Lunatic asylums United Provinces 1909-1921 - 1909-1921
Year: 1909
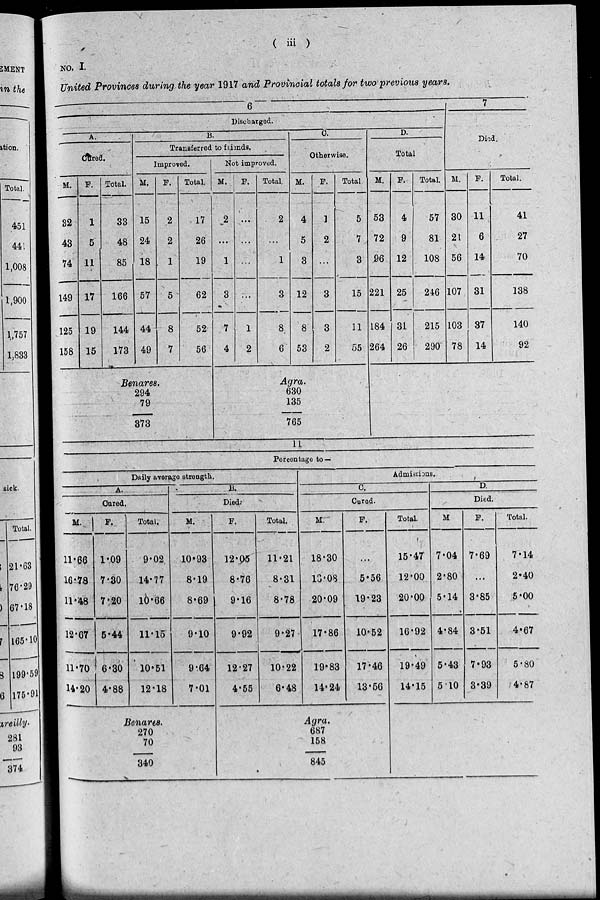
( iii )
NO. I.
United Provinces during the year 1917 and Provincial totals for two previous years.
6
Discharged.
A.
Cured.
M.
32
43
74
149
125
158
F.
1
5
11
17
19
15
Total.
33
48
85
166
144
173
B.
Transferred to friends.
Improved.
M.
15
24
18
57
44
49
F.
2
2
1
5
8
7
Total.
17
26
19
62
52
56
Benares.
294
79
373
Not improved.
M.
2
...
1
3
7
4
F.
...
...
...
...
1
2
Total.
2
...
1
3
8
6
C.
Otherwise.
M.
4
5
3
12
8
53
F.
1
2
...
3
3
2
Total
5
7
3
15
11
55
Agra.
630
135
765
D.
Total.
M.
53
72
96
221
184
264
F.
4
9
12
25
31
26
Total.
57
81
108
246
215
290
7
Died.
M.
30
21
56
107
103
78
F.
11
6
14
31
37
14
Total.
41
27
70
138
140
92
11
Percentage to —
Daily average strength.
A.
Cured.
M.
11.66
16.78
11.48
12.67
11.70
14.20
F.
1.09
7.30
7.20
5.44
6.30
4.88
Total.
9.02
14.77
10.66
11.15
10.51
12.18
B.
Died.
M.
10.93
8.19
8.69
9.10
9.64
7.01
Benares.
270
70
340
F.
12.05
8.76
9.16
9.92
12.27
4.55
Total.
11.21
8.31
8.78
9.27
10.22
6.48
Admissions.
C.
Cured.
M.
18.30
13.08
20.09
17.86
19.83
14.24
F.
...
5.56
19.23
10.52
17.46
13.56
Agra.
687
158
845
Total.
15.47
12.00
20.00
16.92
19.49
14.15
D.
Died.
M.
7.04
2.80
5.14
4.84
5.43
5.10
F.
7.69
...
3.85
3.51
7.93
3.39
Total.
7.14
2.40
5.00
4.67
5.80
4.87